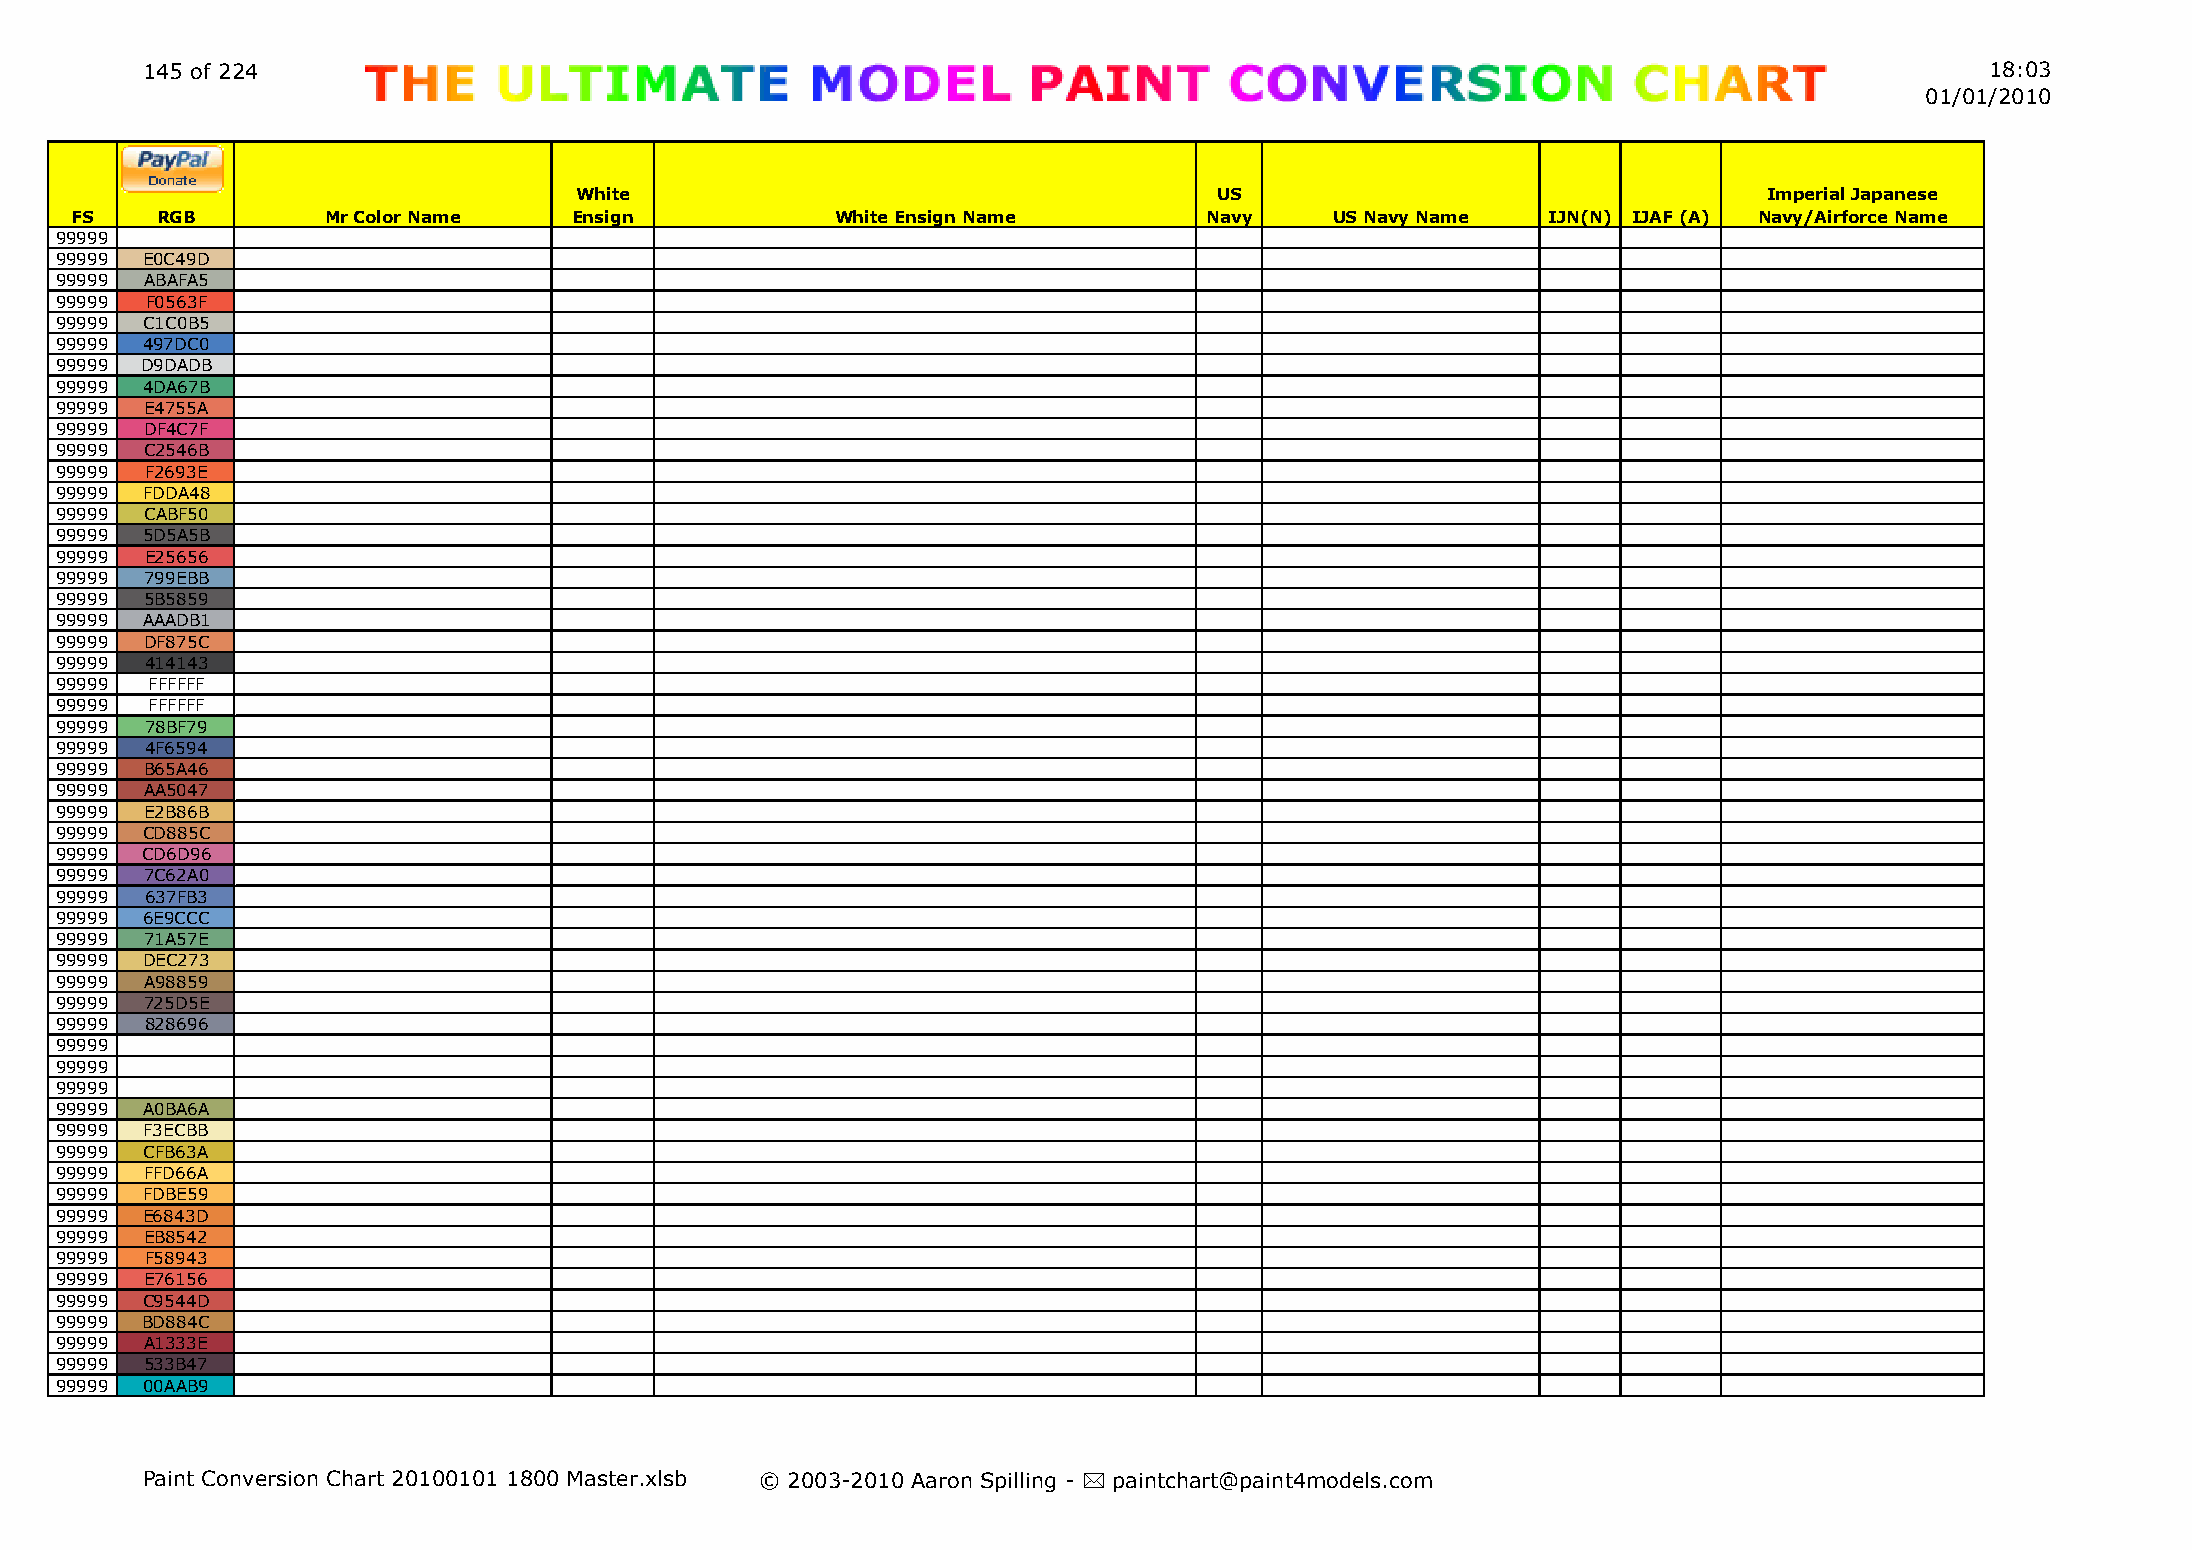
145 of 224                                                                                                                 18:03
 01/01/2010
 White                                      US                                  Imperial Japanese
 FS   RGB         Mr Color Name   Ensign           White Ensign Name        Navy    US Navy Name  IJN(N) IJAF (A) Navy/Airforce Name
 99999
 99999 E0C49D
 99999 ABAFA5
 99999 F0563F
 99999 C1C0B5
 99999 497DC0
 99999 D9DADB
 99999 4DA67B
 99999 E4755A
 99999 DF4C7F
 99999 C2546B
 99999 F2693E
 99999 FDDA48
 99999 CABF50
 99999 5D5A5B
 99999 E25656
 99999 799EBB
 99999 5B5859
 99999 AAADB1
 99999 DF875C
 99999 414143
 99999 FFFFFF
 99999 FFFFFF
 99999 78BF79
 99999 4F6594
 99999 B65A46
 99999 AA5047
 99999 E2B86B
 99999 CD885C
 99999 CD6D96
 99999 7C62A0
 99999 637FB3
 99999 6E9CCC
 99999 71A57E
 99999 DEC273
 99999 A98859
 99999 725D5E
 99999 828696
 99999
 99999
 99999
 99999 A0BA6A
 99999 F3ECBB
 99999 CFB63A
 99999 FFD66A
 99999 FDBE59
 99999 E6843D
 99999 EB8542
 99999 F58943
 99999 E76156
 99999 C9544D
 99999 BD884C
 99999 A1333E
 99999 533B47
 99999 00AAB9
 Paint Conversion Chart 20100101 1800 Master.xlsb © 2003-2010 Aaron Spilling - * paintchart@paint4models.com